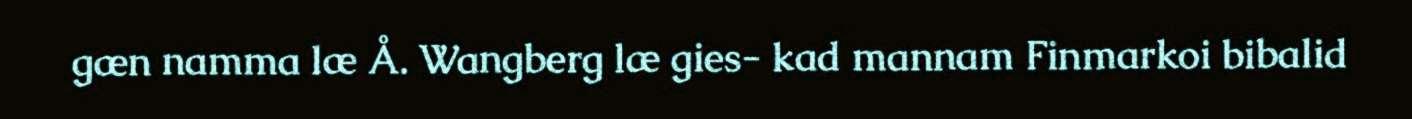
gæn namma læ Å. Wangberg læ gies- kad mannam Finmarkoi bibalid